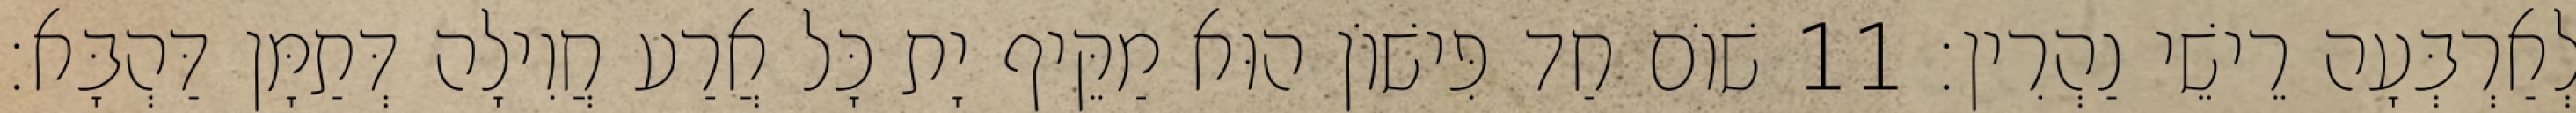
לְאַרְבְּעָה רֵישֵׁי נַהְרִין׃ 11 שׁוֹם חַד פִּישׁוֹן הוּא מַקֵּיף יָת כָּל אֲרַע חֲוִילָה דְּתַמָּן דַּהְבָּא׃